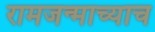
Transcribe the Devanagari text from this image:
रामजन्माच्याच